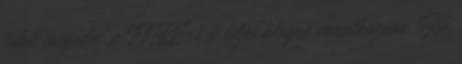
lehet megadni a TITLE-t a teljes blogra vonatkozóan. Ha